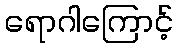
ရောဂါကြောင့်